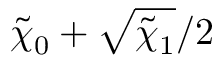
\tilde { \chi } _ { 0 } + \sqrt { \tilde { \chi } _ { 1 } } / 2